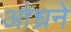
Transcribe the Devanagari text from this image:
आंध्रने